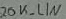
Text: 20K_LIN